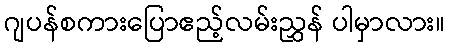
ဂျပန်စကားပြောဧည့်လမ်းညွှန် ပါမှာလား။